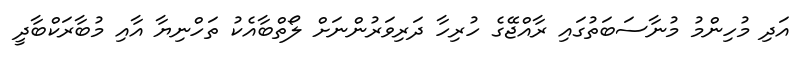
އަދި މުހިންމު މުނާސަބަތުގައި ރާއްޖޭގެ ހުރިހާ ދަރިވަރުންނަށް ލޯތްބާއެކު ތަހްނިޔާ އާއި މުބާރަކްބާދީ